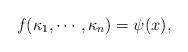
LaTeX: \begin{align*}f(\kappa_1, \cdots, \kappa_n)=\psi(x),\end{align*}